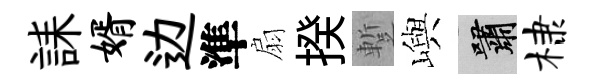
誄婿边準扇揆蹔嶼嘯棣